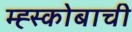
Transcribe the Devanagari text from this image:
म्ह्स्कोबाची